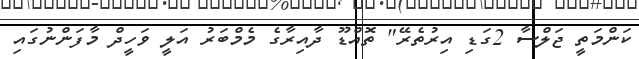
ކަންމަތީ ޖަލްސާ 2ގަޑި އިރުތެރޭ" ތޮއްޑޫ ދާއިރާގެ މެމްބަރު އަލީ ވަހީދް މާފަންނުގައި